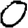
Digit: 0